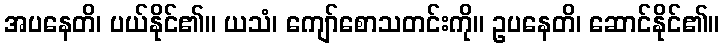
အပနေတိ၊ ပယ်နိုင်၏။ ယသံ၊ ကျော်စောသတင်းကို။ ဥပနေတိ၊ ဆောင်နိုင်၏။